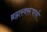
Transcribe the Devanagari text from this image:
ब्रह्मस्वरूपायो